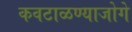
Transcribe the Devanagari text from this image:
कवटाळण्याजोगे